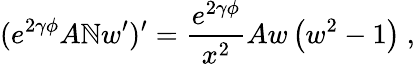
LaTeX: (e^{2\gamma\phi}A\mathbb{N}w^{\prime})^{\prime}=\frac{{e^{2\gamma\phi}}}{{x^{2}}}Aw\left(w^{2}-1\right)\ ,